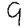
Digit: 9